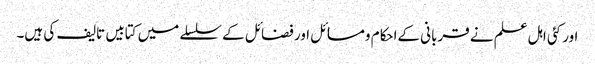
اور کئی اہل علم نے قربانی کےاحکام ومسائل اور فضائل کے سلسلے میں کتابیں تالیف کی ہیں۔